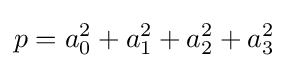
p=a_{0}^{2}+a_{1}^{2}+a_{2}^{2}+a_{3}^{2}